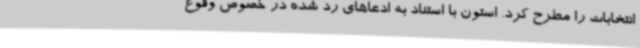
انتخابات را مطرح کرد. استون با استناد به ادعاهای رد شده در خصوص وقوع